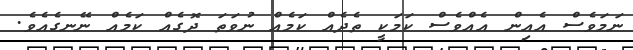
ނަމަވެސް އެއިން އެއްވެސް ކަމަކީ ތެދެއް ކަމެއް ނުވަތަ ދޮގެއް ކަމެއް ނޭނގެއެވެ.